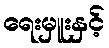
ရေးမှူးနှင့်